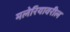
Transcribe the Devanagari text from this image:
मलेरियावरील